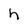
Character: h